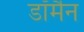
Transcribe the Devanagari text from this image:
डॉर्मैन